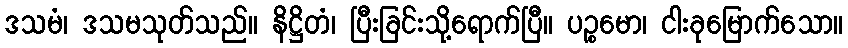
ဒသမံ၊ ဒသမသုတ်သည်။ နိဋ္ဌိတံ၊ ပြီးခြင်းသို့ရောက်ပြီ။ ပဉ္စမော၊ ငါးခုမြောက်သော။